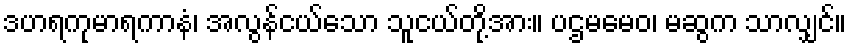
ဒဟရကုမာရကာနံ၊ အလွန်ငယ်သော သူငယ်တို့အား။ ပဌမမေဝ၊ မဆွက သာလျှင်။